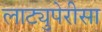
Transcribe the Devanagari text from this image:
लाट्युपेरीसा